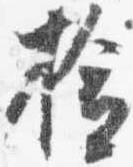
検